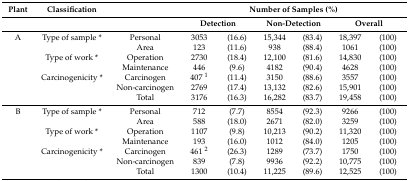
<table><thead><tr><td><b>Plant</b></td><td><b>Classification</b></td><td></td><td colspan="6"><b>Number of Samples (%)</b></td></tr><tr><td></td><td></td><td></td><td colspan="2"><b>Detection</b></td><td colspan="2"><b>Non-Detection</b></td><td colspan="2"><b>Overall</b></td></tr></thead><tbody><tr><td>A</td><td>Type of sample *</td><td>Personal</td><td>3053 </td><td>(16.6)</td><td>15,344 </td><td>(83.4)</td><td>18,397 </td><td>(100)</td></tr><tr><td></td><td></td><td>Area</td><td>123 </td><td>(11.6)</td><td>938 </td><td>(88.4)</td><td>1061 </td><td>(100)</td></tr><tr><td></td><td>Type of work *</td><td>Operation</td><td>2730 </td><td>(18.4)</td><td>12,100 </td><td>(81.6)</td><td>14,830 </td><td>(100)</td></tr><tr><td></td><td></td><td>Maintenance</td><td>446 </td><td>(9.6)</td><td>4182 </td><td>(90.4)</td><td>4628 </td><td>(100)</td></tr><tr><td></td><td>Carcinogenicity *</td><td>Carcinogen</td><td>407 <sup>1</sup></td><td>(11.4)</td><td>3150 </td><td>(88.6)</td><td>3557 </td><td>(100)</td></tr><tr><td></td><td></td><td>Non-carcinogen</td><td>2769 </td><td>(17.4)</td><td>13,132 </td><td>(82.6)</td><td>15,901 </td><td>(100)</td></tr><tr><td></td><td></td><td>Total</td><td>3176 </td><td>(16.3)</td><td>16,282 </td><td>(83.7)</td><td>19,458 </td><td>(100)</td></tr><tr><td>B</td><td>Type of sample *</td><td>Personal</td><td>712 </td><td>(7.7)</td><td>8554 </td><td>(92.3)</td><td>9266 </td><td>(100)</td></tr><tr><td></td><td></td><td>Area</td><td>588 </td><td>(18.0)</td><td>2671 </td><td>(82.0)</td><td>3259 </td><td>(100)</td></tr><tr><td></td><td>Type of work *</td><td>Operation</td><td>1107 </td><td>(9.8)</td><td>10,213 </td><td>(90.2)</td><td>11,320 </td><td>(100)</td></tr><tr><td></td><td></td><td>Maintenance</td><td>193 </td><td>(16.0)</td><td>1012 </td><td>(84.0)</td><td>1205 </td><td>(100)</td></tr><tr><td></td><td>Carcinogenicity *</td><td>Carcinogen</td><td>461 <sup>2</sup></td><td>(26.3)</td><td>1289 </td><td>(73.7)</td><td>1750 </td><td>(100)</td></tr><tr><td></td><td></td><td>Non-carcinogen</td><td>839 </td><td>(7.8)</td><td>9936 </td><td>(92.2)</td><td>10,775 </td><td>(100)</td></tr><tr><td></td><td></td><td>Total</td><td>1300 </td><td>(10.4)</td><td>11,225 </td><td>(89.6)</td><td>12,525 </td><td>(100)</td></tr></tbody></table>